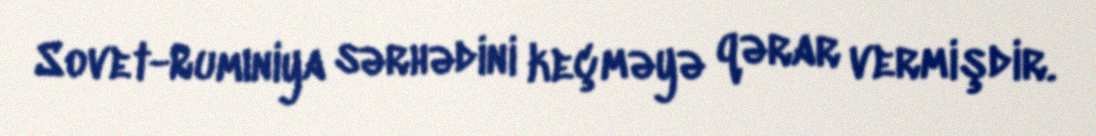
Sovet-Rumıniya sərhədini keçməyə qərar vermişdir.